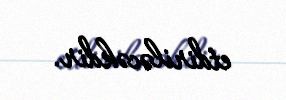
etdiriləcəkdir.